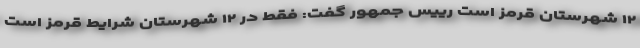
۱۲ شهرستان قرمز است رییس جمهور گفت: فقط در ۱۲ شهرستان شرایط قرمز است